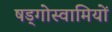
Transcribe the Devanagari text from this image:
षड्गोस्वामियों